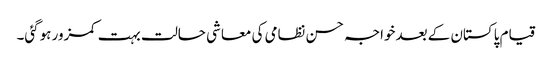
قیام پاکستان کے بعدخواجہ حسن نظامی کی معاشی حالت بہت کمزور ہوگئی۔